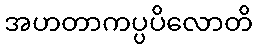
အဟတာကပ္ပပိလောတိ